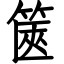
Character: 篋